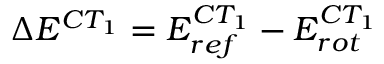
\Delta E ^ { C T _ { 1 } } = E _ { r e f } ^ { C T _ { 1 } } - E _ { r o t } ^ { C T _ { 1 } }